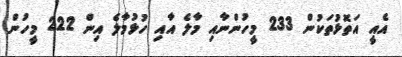
އެއީ އަތޮޅުތަކުން 233 މީހުންނާއި މާލެ އާއި ހުޅުމާލެ އިން 222 މީހުން